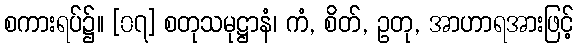
စကားရပ်၌။ [၀၇] စတုသမုဋ္ဌာနံ၊ ကံ, စိတ်, ဥတု, အာဟာရအားဖြင့်